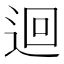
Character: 迴